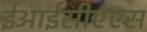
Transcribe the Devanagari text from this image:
ईआईसीएएस